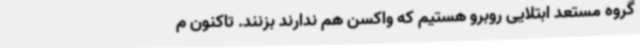
گروه مستعد ابتلایی روبرو هستیم که واکسن هم ندارند بزنند. تاکنون م